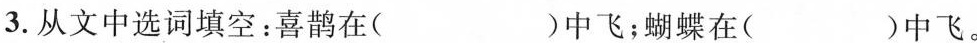
3.从文中选词填空：喜鹊在( )中飞；蝴蝶在( )中飞。